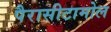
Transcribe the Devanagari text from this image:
पैरासीटामोल